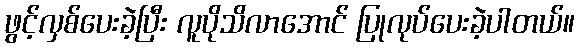
ဖွင့်လှစ်ပေးခဲ့ပြီး လူပိုသိလာအောင် ပြုလုပ်ပေးခဲ့ပါတယ်။